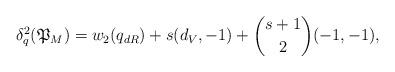
LaTeX: \begin{align*} \delta^2_q(\mathfrak{P}_M)=w_2(q_{dR})+s(d_V, -1)+\binom{s+1}{2}(-1, -1), \end{align*}